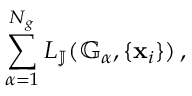
\sum _ { \alpha = 1 } ^ { N _ { g } } L _ { \mathbb { J } } ( \mathbb { G } _ { \alpha } , \{ \mathbf { x } _ { i } \} ) \, ,